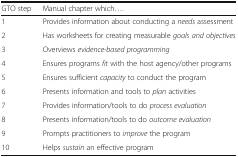
| GTO step | Manual chapter which.... |
 | --- | --- |
 | 1 | Provides information about conducting a needs assessment |
 | 2 | Has worksheets for creating measurable goals and objectives |
 | 3 | Overviews evidence-based programming |
 | 4 | Ensures programs fit with the host agency/other programs |
 | 5 | Ensures sufficient capacity to conduct the program |
 | 6 | Presents information and tools to plan activities |
 | 7 | Provides information/tools to do process evaluation |
 | 8 | Presents information/tools to do outcome evaluation |
 | 9 | Prompts practitioners to improve the program |
 | 10 | Helps sustain an effective program |